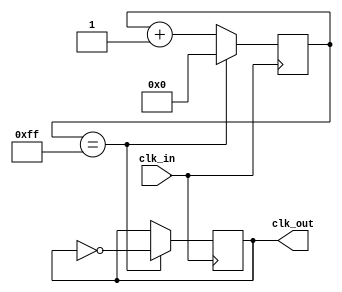
module clock_divider (
    input wire clk_in,
    output wire clk_out
);

reg [7:0] count;

always @ (posedge clk_in) begin
    count <= count + 1;
    if (count == 8'hFF) begin
        count <= 8'h00;
        clk_out <= ~clk_out;
    end
end

assign clk_out = count[6]; // Divide the input clock signal by a factor of 128

endmodule